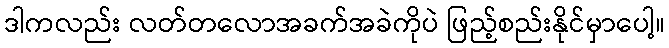
ဒါကလည်း လတ်တလောအခက်အခဲကိုပဲ ဖြည့်စည်းနိုင်မှာပေါ့။